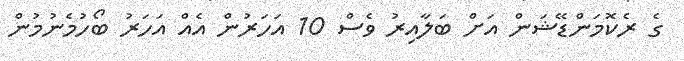
ގެ ރެކޮމަންޑޭޝަން އަށް ބަލާއިރު ވެސް 10 އަހަރުން އެއް އަހަރު ބޯހުމެނުމުން